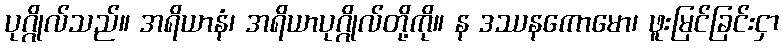
ပုဂ္ဂိုလ်သည်။ အရိယာနံ၊ အရိယာပုဂ္ဂိုလ်တို့ကို။ န ဒဿနကောမော၊ ဖူးမြင်ခြင်းငှာ